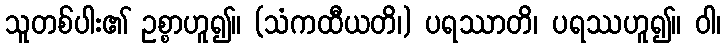
သူတစ်ပါး၏ ဥစ္စာဟူ၍။ (သံကထီယတိ၊) ပရဿာတိ၊ ပရဿဟူ၍။ ဝါ၊